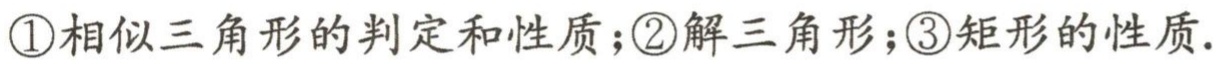
\textcircled{1}相似三角形的判定和性质；\textcircled{2}解三角形；\textcircled{3}矩形的性质.